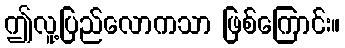
ဤလူ့ပြည်လောကသာ ဖြစ်ကြောင်း။